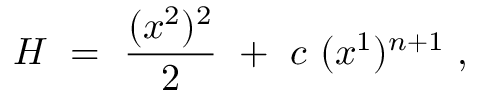
H \ = \ \frac { ( x ^ { 2 } ) ^ { 2 } } { 2 } \ + \ c \ ( x ^ { 1 } ) ^ { n + 1 } \ ,